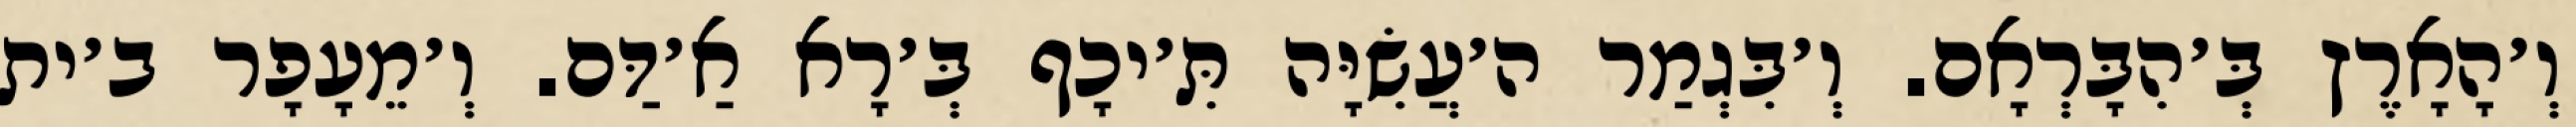
וְ׳הָאָרֶץ בְּ׳הִבָּרְאָם. וְ׳בִּגְמַר ה׳עֲשִׂיָּה תִּ׳יכָף בְּ׳רָא אַ׳דַּם. וְ׳מֵעָפָר ב׳ית